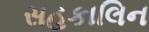
સહકાલિન